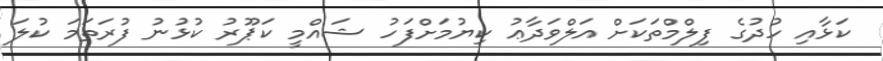
ކަޅާއި ހުދުގެ ފިލްމްތަކަށް އަލްވަދާޢު ކިޔުމަށްފަހު ޝައްމީ ކަޕޫރު ކުޅުނު ފުރަތަމަ ކުލަ